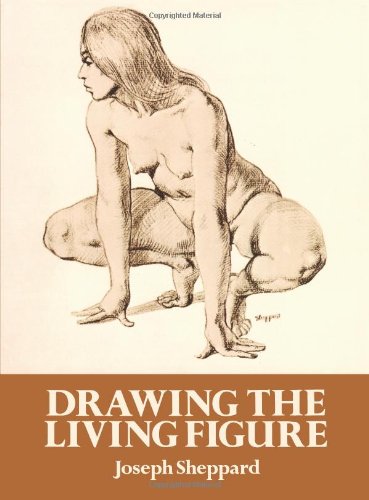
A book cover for Drawing the Living Figure (Dover Anatomy for Artists); Joseph Sheppard; Arts & Photography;